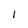
Character: 1